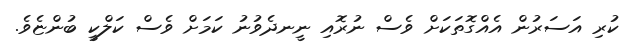
ކުރި އަސަރުން އެއްގޮތަކަށް ވެސް ނުރޮއި ނީނދެވުނު ކަމަށް ވެސް ކަލްކީ ބުންޏެވެ.